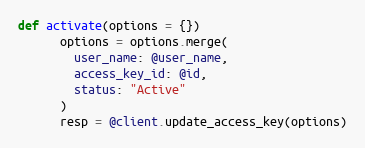
Language: Ruby
def activate(options = {})
      options = options.merge(
        user_name: @user_name,
        access_key_id: @id,
        status: "Active"
      )
      resp = @client.update_access_key(options)